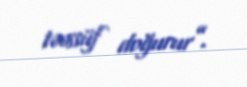
təəssüf doğurur”.